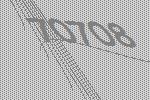
70708